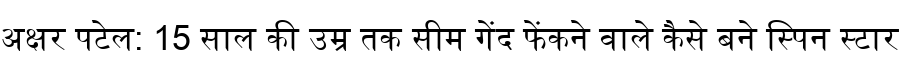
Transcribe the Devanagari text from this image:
अक्षर पटेल: 15 साल की उम्र तक सीम गेंद फेंकने वाले कैसे बने स्पिन स्टार